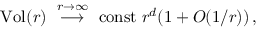
\mathrm { V o l } ( r ) ~ \stackrel { r \rightarrow \infty } { \longrightarrow } ~ \mathrm { c o n s t } \; r ^ { d } ( 1 + O ( 1 / r ) ) \, ,